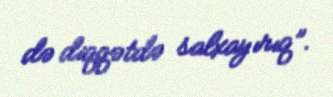
də diqqətdə salxayırıq”.